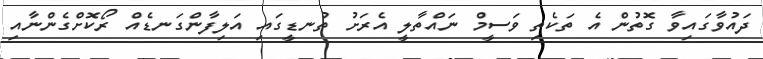
ދައުވާގައިވާ ގޮތުން އެ ތަކެތި ވަސީމް ނައްތާލީ އެރަށު ތުނޑީގައި އަލިފާންގަނޑެއް ރޯކޮށްގެންނާއި